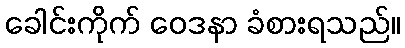
ခေါင်းကိုက် ဝေဒနာ ခံစားရသည်။